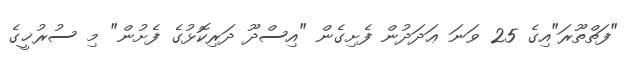
"ފަތްތޫރަ"އިގެ 25 ވަނަ ޢަދަދުން ފެށިގެން "އިސްދޫ ދަރިކޮޅުގެ ފެށުން" މި ސުރުޚީގެ